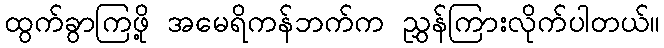
ထွက်ခွာကြဖို့ အမေရိကန်ဘက်က ညွှန်ကြားလိုက်ပါတယ်။